Report of the Indian Hemp Drugs Commission, 1894-1895 - Volume VI
Year: 1894
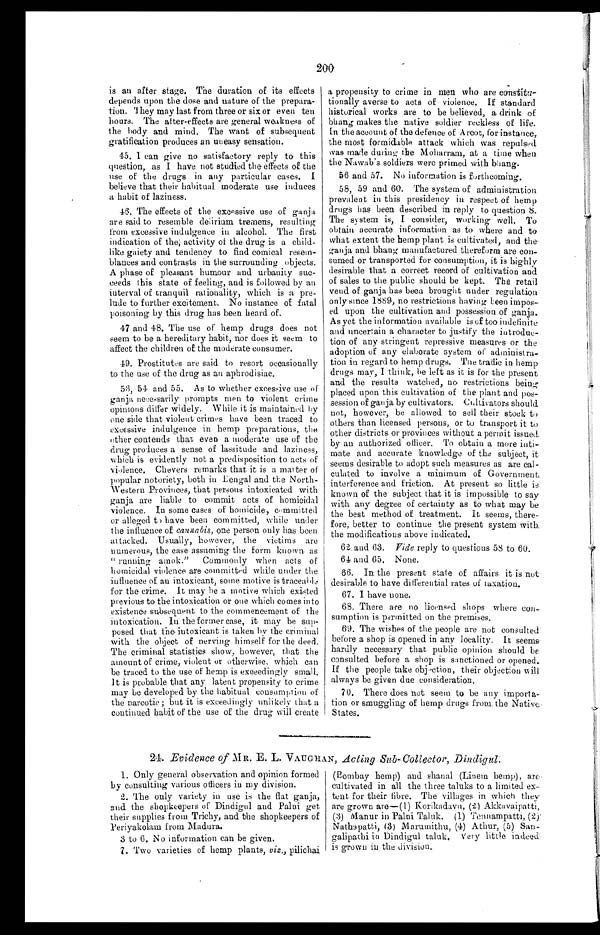
200
is an after stage. The duration of its effects
depends upon the dose and nature of the prepara-
tion. They may last from three or six or even ten
hours. The after-effects are general weakness of
the body and mind. The want of subsequent
gratification produces an uneasy sensation.
45.
I can give no satisfactory reply to this
question, as I have not studied the effects of the
use of the drugs in any particular cases. I
believe that their habitual moderate use induces
a habit of laziness.
46. The effects of the excessive use of ganja
are said to resemble delirium tremens, resulting
from excessive indulgence in alcohol. The first
indication of the, activity of the drug is a child-
like gaiety and tendency to find comical resem
- b l a n c e s a n d c o n t r a s t s i n t h e s u r r o u n d i n g o b j e c t s .
A phase of pleasant humour and urbanity suc-
ceeds this state of feeling, and is followed by an
interval of tranquil rationality, which is a pre
- l u d e t o f u r t h e r e x c i t e m e n t . N o i n s t a n c e o f f a t a l
poisoning by this drug has been heard of.
47 and 48. The use of hemp drugs does not
seem to be a hereditary habit, nor does it seem to
affect the children of the moderate consumer.
49. Prostitutes are said to resort occasionally
to the use of the drug as an aphrodisiac.
53, 54. and 55. As to whether excessive use of
ganja necessarily prompts men to violent crime
opinions differ widely. While it is maintained by
one side that violent crimes have been traced to
excessive indulgence in hemp preparations, the
other contends that even a moderate use of the
drug produces a sense of lassitude and laziness,
which is evidently not a predisposition to acts of
violence. Chevers remarks that it is a matter of
popular notoriety, both in Bengal and the North-
Western Provinces, that persons intoxicated with
ganja are liable to commit acts of homicidal
violence. In some cases of homicide, committed
or alleged to have been committed, while under
the influence of cannabis, one person only has been
attacked. Usually, however, the victims are
numerous, the ease assuming the form known as
"running amok." Commonly when acts of
homicidal violence are committed while under the
influence of an intoxicant, some motive is traceable
for the crime. It may be a motive which existed
previous to the intoxication or one which comes into
existence subsequent to the commencement of the
intoxication. In the former case, it may be sup
-posed that the intoxicant is taken by the criminal
with the object of nerving himself for the deed.
The criminal statistics show, however, that the
amount of crime, violent or otherwise, which can
be traced to the use of hemp is exceedingly small,
It is probable that any latent propensity to crime
may be developed by the habitual consumption of
the narcotic; but it is exceedingly unlikely that a
continued habit of the use of the drug will create
a propensity to crime in men who are constitu
- t i o n a l l y a v e r s e t o a c t s o f v i o l e n c e . I f s t a n d a r d
historical works are to be believed, a drink of
bhang makes the native soldier reckless of life.
In the account of the defence of Arcot, for instance,
the most formidable attack which was repulsed
was made during the Moharram, at a time when
the Nawab's soldiers were primed with bhang.
56 and 57. No information is forthcoming.
58, 59 and 60. The system of administration
prevalent in this presidency in respect of hemp
drugs has been described in reply to question 8.
The system is, I consider, working well. To
obtain accurate information as to where and to
what extent the hemp plant is cultivated, and the
ganja and bhang manufactured thereform are con
- s u m e d o r t r a n s p o r t e d f o r c o n s u m p t i o n , i t i s h i g h l y
desirable that a correct record of cultivation and
of sales to the public should be kept. The retail
vend of ganja has been brought under regulation
only since 1889, no restrictions having keen impos
- e d u p o n t h e c u l t i v a t i o n a n d p o s s e s s i o n o f g a n j a .
As yet the information available is of too indefinite
and uncertain a character to justify the introduc
-tion of any stringent repressive measures or the
adoption of any elaborate system of administra
-tion in regard to hemp drugs. The traffic in hemp
drugs may, I think, be left as it is for the present
and the results watched, no restrictions being
placed upon this cultivation of the plant and pos
-session of ganja by cultivators. Cultivators should
not, however, be allowed to soil their stock to
others than licensed persons, or to transport it to
other districts. or provinces without a permit issued.
by an authorized officer. To obtain a more inti
-mate and accurate knowledge of the subject, it
seems desirable to adopt such measures as are cal
-culated to involve a minimum of Government
interference and friction. At present so little is
known of the subject that it is impossible to say
with any degree of certainty as to what may be
the best method of treatment. It seems, there-
fore, better to continue the present system with
the modifications above indicated.
62. and 63. Vide reply to questions 58 to 60.
64. and 65. None.
66. In the present stale of affairs it is not
desirable to have differential rates of taxation.
67. I have none.
68. There are no licensed shops where con
-sumption is permitted on the premises.
69.
The wishes of the people are not consulted
before a shop is opened in any locality. It seems
hardly necessary that public opinion should be
consulted before a shop is sanctioned or opened.
If the people take objection, their objection will
always be given due consideration.
70. There does not seem to be any importa-
tion or smuggling of hemp drugs from, the Native
States.
24. Evidence of MR. E. L. VAUGHAN, Acting Sub-Collector, Dindigul.
1. Only general observation and opinion formed
by consulting various officers in my division.
2. The only variety in use is the flat ganja,
and the shopkeepers of Dindigul and Palni get
their supplies from Trichy, and the shopkeepers of
Periyakolam from Madura.
3 to 6. No information can be given.
7. Two varieties of hemp plants, vi z. , pi l i chai
(Bombay hemp) and shanal (Linem hemp), are
cultivated in all the three taluks to a limited ex
- t e n t f o r t h e i r f i b r e . T h e v i l l a g e s i n w h i c h t h e y
are grown are—(1) Korikadavu, (2) Akkavaipatti,
(3) Manur in Palni Taluk. (1) Tennampatti,
(2) Nathapatti, (3) Marumithu, (4) Athur, (5) San
-galipathi in Dindigul taluk. Very little indeed
i s g r o w n i n t h e d i v i s i o n .